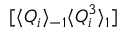
[ \langle Q _ { i } \rangle _ { - 1 } \langle Q _ { i } ^ { 3 } \rangle _ { 1 } ]